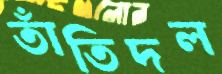
তাঁতিদল